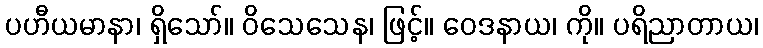
ပဟီယမာနာ၊ ရှိသော်။ ဝိသေသေန၊ ဖြင့်။ ဝေဒနာယ၊ ကို။ ပရိညာတာယ၊